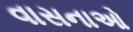
વાસનાઓ